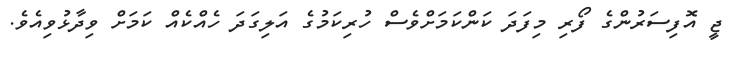
ޖީ އޮފިސަރުންގެ ފޯރި މިފަދަ ކަންކަމަށްވެސް ހުރިކަމުގެ އަލިގަދަ ހެއްކެއް ކަމަށް ވިދާޅުވިއެވެ.